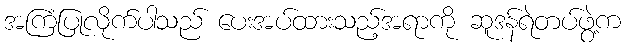
အကြံပြုလိုက်ပါသည် ပေးအပ်ထားသည့်အရာကို ဆူဒန်ရဲတပ်ဖွဲ့က